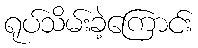
ရုပ်သိမ်းခဲ့ကြောင်း